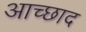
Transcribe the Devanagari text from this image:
आच्छाद